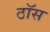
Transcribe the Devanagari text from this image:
ठॉस